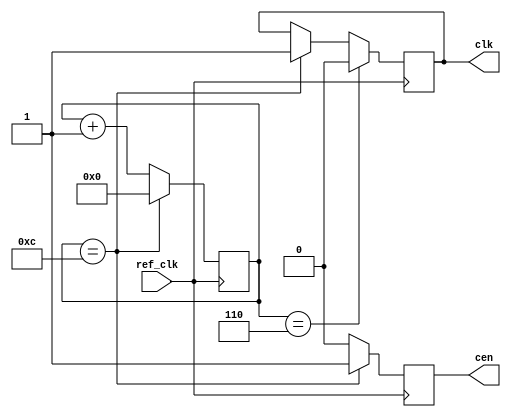
// This program was cloned from: https://github.com/pcornier/FM-7_MiSTer
// License: GNU General Public License v2.0


module clk_en #(
  parameter DIV=12,
  parameter OFFSET=0
)
(
  input ref_clk,
  output reg cen,
  output reg clk
);

reg [15:0] cnt = OFFSET;

always @(posedge ref_clk) begin
  if (cnt == DIV) clk <= 1'b1;
  if (cnt == (DIV >> 1)) clk <= 1'b0;
  if (cnt == DIV) begin
    cnt <= 16'd0;
    cen <= 1'b1;
  end
  else begin
    cen <= 1'b0;
    cnt <= cnt + 16'd1;
  end
end

endmodule